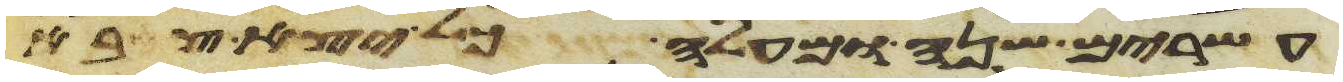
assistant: עשרים שנה ומעלה כל יצא צבא